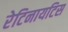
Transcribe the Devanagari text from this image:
रेटिनायटिस